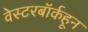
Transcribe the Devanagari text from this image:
वेस्टरबॉर्कहून